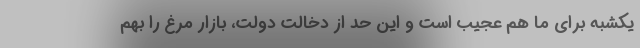
یکشبه برای ما هم عجیب است و این حد از دخالت دولت، بازار مرغ را بهم